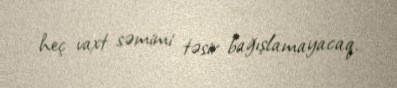
heç vaxt səmimi təsir bağışlamayacaq.